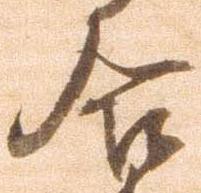
合